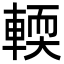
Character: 輭